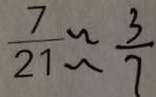
\frac { 7 } { 2 1 } \approx \frac { 3 } { 7 }